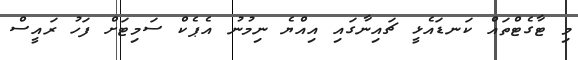
މި ޓާގެޓްތައް ކަނޑައެޅީ ޗައިނާގައި އިއްޔެ ނިމުނު އެޕެކް ސަމިޓަށް ފަހު ރައީސް